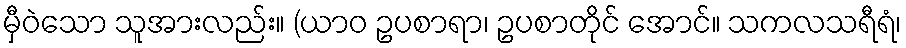
မှီဝဲသော သူအားလည်း။ (ယာဝ ဥပစာရာ၊ ဥပစာတိုင် အောင်။ သကလသရီရံ၊